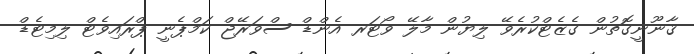
ޤާނޫނީގޮތުން ގެޒެޓްކުރެވޭ ލިޔުން މާލޭ ވޯޓަރ އެންޑް ސްވަރޭޖް ކަމްޕެނީ ޕްރައިވެޓް ލިމިޓެޑް